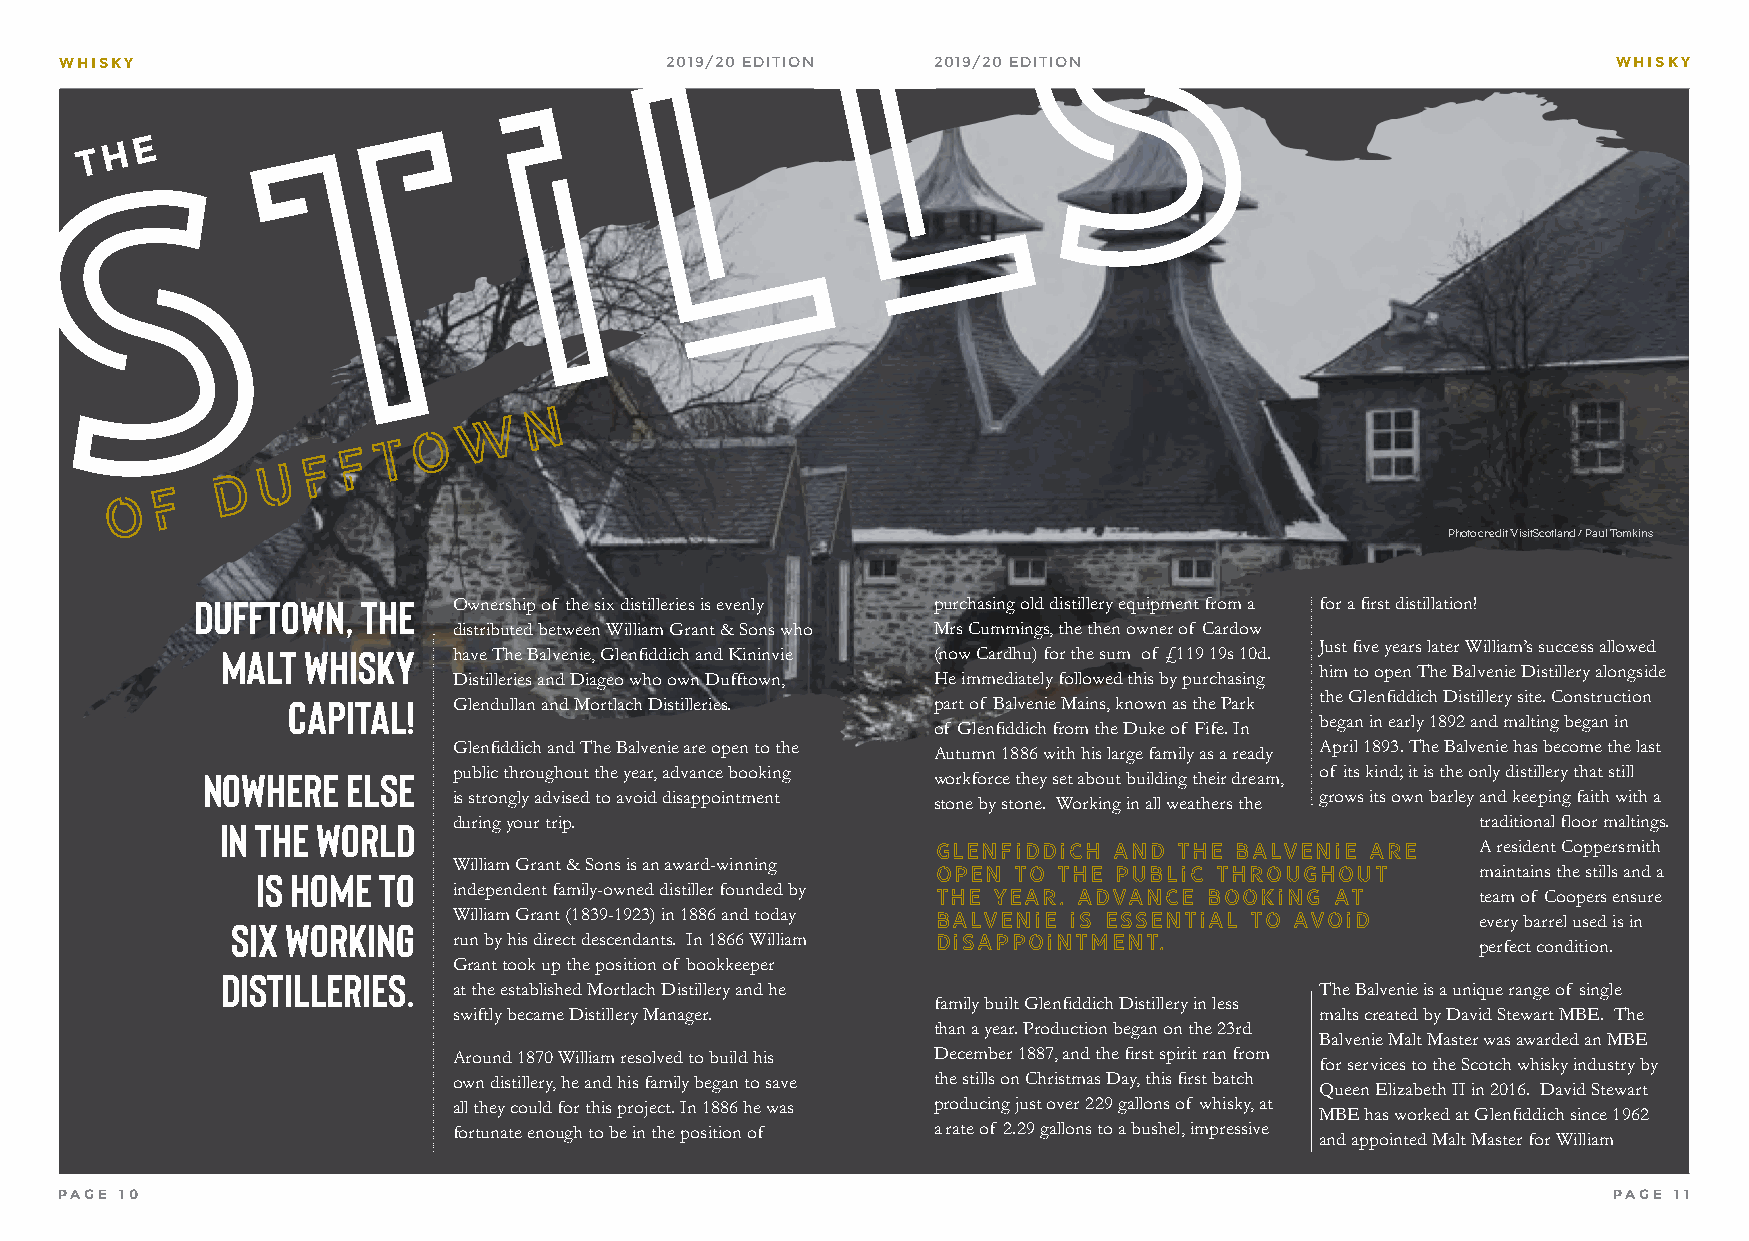
s
 l
 l
 WHISKY                                  2019/20 EDITION   2019/20 EDITION                              WHISKY
 i
 t
 E
 H
 T
 S
 N
 W
 O
 T
 F
 F
 U
 D
 F
 O
 Photo credit VisitScotland / Paul Tomkins
 Dufftown,  The   Ownership of the six distilleries is evenly purchasing old distillery equipment from a for a first distillation!
 distributed between William Grant & Sons who Mrs Cummings, the then owner of Cardow
 Just five years later William’s success allowed
 Malt Whisky    have The Balvenie, Glenfiddich and Kininvie (now Cardhu) for the sum of £119 19s 10d.
 him to open The Balvenie Distillery alongside
 Distilleries and Diageo who own Dufftown, He immediately followed this by purchasing
 the Glenfiddich Distillery site. Construction
 Capital!   Glendullan and Mortlach Distilleries. part of Balvenie Mains, known as the Park
 began in early 1892 and malting began in
 of Glenfiddich from the Duke of Fife. In
 Glenfiddich and The Balvenie are open to the             April 1893. The Balvenie has become the last
 Autumn 1886 with his large family as a ready
 public throughout the year, advance booking              of its kind; it is the only distillery that still
 Nowhere   else                                   workforce they set about building their dream,
 is strongly advised to avoid disappointment              grows its own barley and keeping faith with a
 stone by stone. Working in all weathers the
 during your trip.                                                   traditional floor maltings.
 in the world
 GLENFIDDICH AND THE BALVENIE ARE    A resident Coppersmith
 William Grant & Sons is an award-winning
 is home to                                   OPEN TO THE PUBLIC THROUGHOUT       maintains the stills and a
 independent family-owned distiller founded by
 THE YEAR. ADVANCE BOOKING AT        team of Coopers ensure
 William Grant (1839-1923) in 1886 and today BALVENIE IS ESSENTIAL TO AVOID every barrel used is in
 six working
 run by his direct descendants. In 1866 William DISAPPOINTMENT.      perfect condition.
 Grant took up the position of bookkeeper
 Distilleries.
 at the established Mortlach Distillery and he            The Balvenie is a unique range of single
 family built Glenfiddich Distillery in less
 swiftly became Distillery Manager.                       malts created by David Stewart MBE. The
 than a year. Production began on the 23rd
 Balvenie Malt Master was awarded an MBE
 Around 1870 William resolved to build his December 1887, and the first spirit ran from
 for services to the Scotch whisky industry by
 own distillery, he and his family began to save the stills on Christmas Day, this first batch
 Queen Elizabeth II in 2016. David Stewart
 all they could for this project. In 1886 he was producing just over 229 gallons of whisky, at
 MBE has worked at Glenfiddich since 1962
 fortunate enough to be in the position of a rate of 2.29 gallons to a bushel, impressive
 and appointed Malt Master for William
 PAGE 10                                                                                                PAGE 11